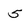
Character: 5